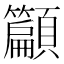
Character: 𮨣